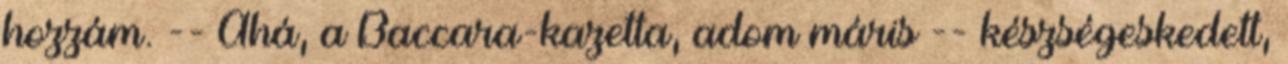
hozzám. -- Ahá, a Baccara-kazetta, adom máris -- készségeskedett,